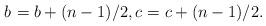
LaTeX: \begin{align*} b_{} = b+(n-1)/2, c_{} = c+ (n-1)/2.\end{align*}